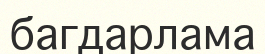
багдарлама